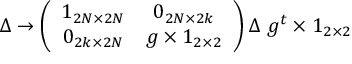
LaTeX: \Delta \rightarrow \left( \begin{array} { c c } { { 1 _ { 2 N \times 2 N } } } & { { 0 _ { 2 N \times 2 k } } } \\ { { 0 _ { 2 k \times 2 N } } } & { { g \times 1 _ { 2 \times 2 } } } \end{array} \right) \Delta ~ g ^ { t } \times 1 _ { 2 \times 2 }